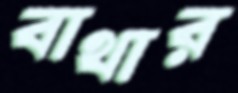
বাথার